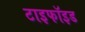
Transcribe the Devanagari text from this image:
टाइफॉइड